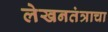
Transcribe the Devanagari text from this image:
लेखनतंत्राचा